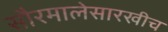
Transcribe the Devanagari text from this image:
सौरमालेसारखीच